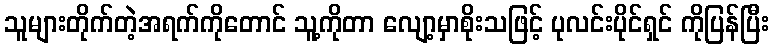
သူများတိုက်တဲ့အရက်ကိုတောင် သူ့ကိုတာ လျော့မှာစိုးသဖြင့် ပုလင်းပိုင်ရှင် ကိုပြန်ပြီး